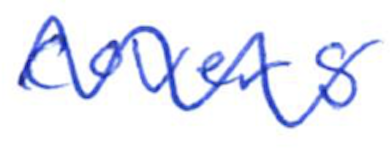
Text: covers
Cross-out: wave
Writing tool: ballpoint